Lunatic asylums United Provinces 1899-1908 - 1899-1908
Year: 1899
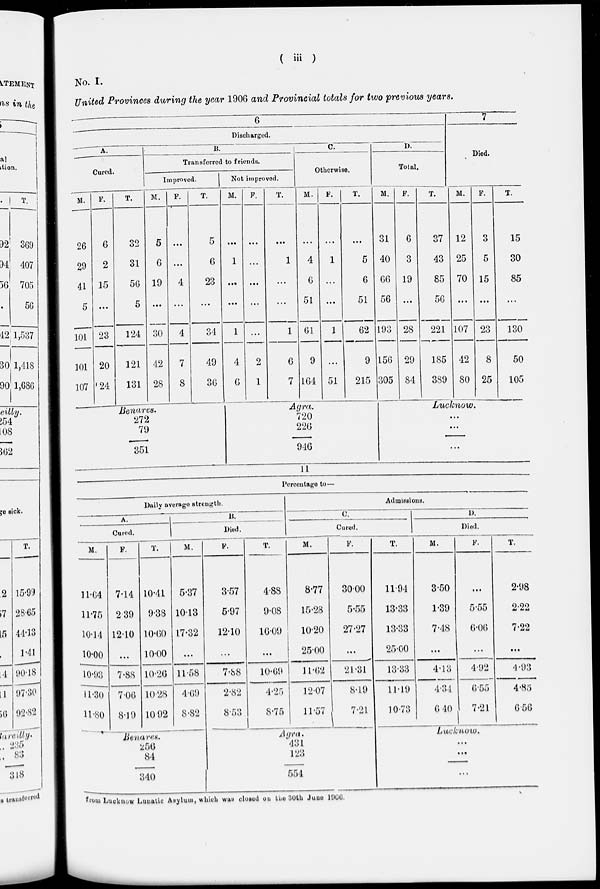
( iii )
No. I.
United Provinces during the year 1906 and Provincial totals for two previous years.
6
Discharged.
A.
Cured.
M.
26
29
41
5
101
101
107
F.
6
2
15
...
23
20
24
T.
32
31
56
5
124
121
131
B.
Transferred to friends.
Improved.
M.
5
6
19
...
30
42
28
F.
...
...
4
...
4
7
8
T.
5
6
23
...
34
49
36
Not improved.
M.
...
1
...
...
1
4
6
F.
...
...
...
...
...
2
1
T.
...
1
...
...
1
6
7
C.
Otherwise.
M.
...
4
6
51
61
9
164
F.
...
1
...
...
1
...
51
T.
...
5
6
51
62
9
215
D.
Total.
M.
31
40
66
56
193
156
305
F.
6
3
19
...
28
29
84
T.
37
43
85
56
221
185
389
7
Died.
M.
12
25
70
...
107
42
80
F.
3
5
15
...
23
8
25
T.
15
30
85
...
130
50
105
Benares.
272
79
351
Agra.
720
226
946
Lucknow.
...
...
...
11
Percentage to—
Daily average strength.
A.
Cured.
M.
11.64
11.75
10.14
10.00
10.93
11.30
11.80
F.
7.14
2.39
12.10
...
7.88
7.06
8.19
T.
10.41
9.38
10.60
10.00
10.26
10.28
10.92
B.
Died.
M.
5.37
10.13
17.32
...
11.58
4.69
8.82
F.
3.57
5.97
12.10
...
7.88
2.82
8.53
T.
4.88
9.08
16.09
...
10.69
4.25
8.75
Admissions.
C.
Cured.
M.
8.77
15.28
10.20
25.00
11.62
12.07
11.57
F.
30.00
5.55
27.27
...
21.31
8.19
7.21
T.
11.94
13.33
13.33
25.00
13.33
11.19
10.73
D.
Died.
M.
3.50
1.39
7.48
...
4.13
4.31
6.40
F.
...
5.55
6.06
...
4.92
6.55
7.21
T.
2.98
2.22
7.22
...
4.93
4.85
6.56
Benares.
256
84
340
Agra.
431
123
554
Lucknow.
...
...
...
from Lucknow Lunatic Asylum, which was closed on the 30th June 1906.